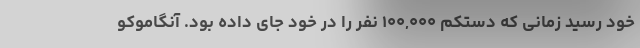
خود رسید زمانی که دستکم ۱۰۰,۰۰۰ نفر را در خود جای داده بود. آنگاموکو